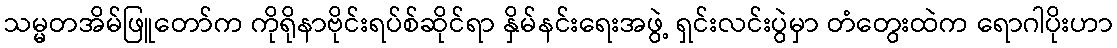
သမ္မတအိမ်ဖြူတော်က ကိုရိုနာဗိုင်းရပ်စ်ဆိုင်ရာ နှိမ်နင်းရေးအဖွဲ့ ရှင်းလင်းပွဲမှာ တံတွေးထဲက ရောဂါပိုးဟာ